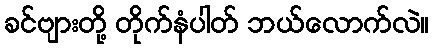
ခင်ဗျားတို့ တိုက်နံပါတ် ဘယ်လောက်လဲ။